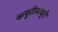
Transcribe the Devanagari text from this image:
कपुरीमाधुरी